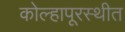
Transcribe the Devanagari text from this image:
कोल्हापूरस्थीत